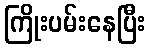
ကြိုးပမ်းနေပြီး